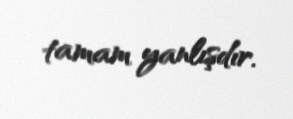
tamam yanlışdır.